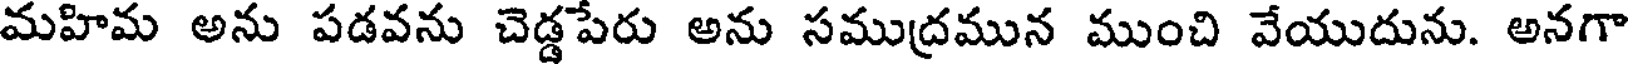
మహిమ అను పడవను చెడ్డపేరు అను సముద్రమున ముంచి వేయుదును. అనగా